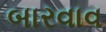
બારવાવ